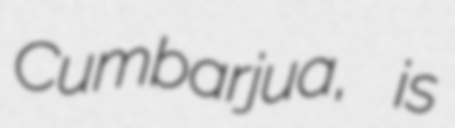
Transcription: Cumbarjua, is